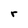
Character: r